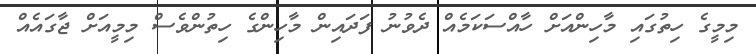
މިމީގެ ހިތުގައި މާހިންއަށް ހާއްސަކަމެއް ދެވުނު ފަދައިން މާހިންގެ ހިތުންވެސް މިމީއަށް ޖާގައެއް